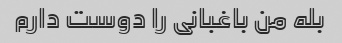
بله من باغبانی را دوست دارم